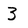
Character: 3